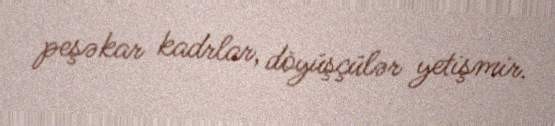
peşəkar kadrlar, döyüşçülər yetişmir.